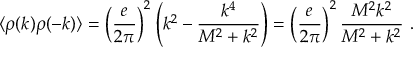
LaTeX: \langle \rho ( k ) \rho ( - k ) \rangle = \left( { \frac { e } { 2 \pi } } \right) ^ { 2 } \left( k ^ { 2 } - { \frac { k ^ { 4 } } { M ^ { 2 } + k ^ { 2 } } } \right) = \left( { \frac { e } { 2 \pi } } \right) ^ { 2 } { \frac { M ^ { 2 } k ^ { 2 } } { M ^ { 2 } + k ^ { 2 } } } \ .